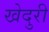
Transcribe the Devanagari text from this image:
खेदुरी